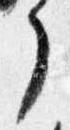
了